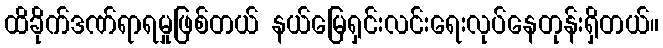
ထိခိုက်ဒဏ်ရာရမှုဖြစ်တယ် နယ်မြေရှင်းလင်းရေးလုပ်နေတုန်းရှိတယ်။